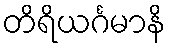
တိရိယင်္ဂမာနိ